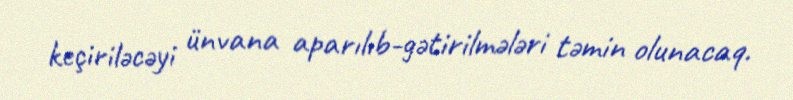
keçiriləcəyi ünvana aparılıb-gətirilmələri təmin olunacaq.